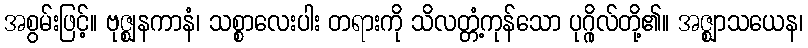
အစွမ်းဖြင့်။ ဗုဇ္ဈနကာနံ၊ သစ္စာလေးပါး တရားကို သိလတ္တံ့ကုန်သော ပုဂ္ဂိုလ်တို့၏။ အဇ္ဈာသယေန၊